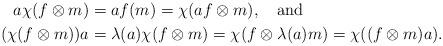
LaTeX: \begin{align*} a\chi(f\otimes m) &= af(m) = \chi(af\otimes m), \mbox{\ \ \ and} \\ (\chi(f\otimes m))a &= \lambda(a)\chi(f\otimes m) = \chi(f\otimes \lambda(a)m) = \chi((f\otimes m)a).\end{align*}